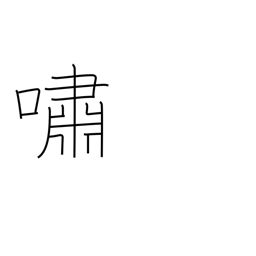
Meaning: recite emotionally